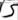
Text: S